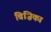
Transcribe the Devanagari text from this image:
बिज़िका